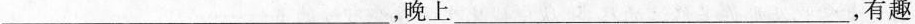
___，晚上___，有趣